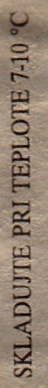
SKLADUJTE PRI TEPLOTE 7-10 C